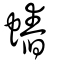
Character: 𧐍